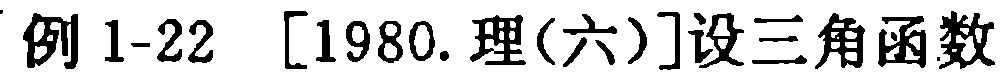
例 1-22 [1980.理(六)]设三角函数